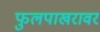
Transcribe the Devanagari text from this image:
फुलपाखरावर